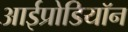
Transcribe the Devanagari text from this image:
आईप्रोडियॉन